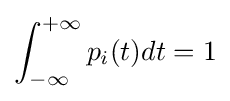
\int _{-\infty }^{+\infty }p_{i}(t)dt=1